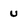
Character: U